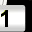
Digit: 1